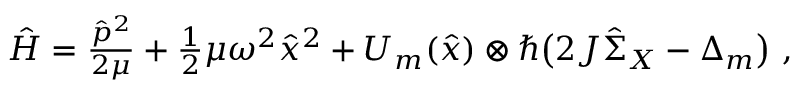
\begin{array} { r } { \hat { H } = \frac { \hat { p } ^ { 2 } } { 2 \mu } + \frac 1 2 \mu \omega ^ { 2 } \hat { x } ^ { 2 } + U _ { m } ( \hat { x } ) \otimes \hbar \big ( 2 J \hat { \Sigma } _ { X } - \Delta _ { m } \big ) \ , } \end{array}